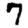
Digit: 7